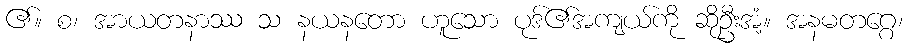
၏။ စ၊ အာယတနာဿ သ နယနတော ဟူသော ပုဒ်၏အကျယ်ကို ဆိုဦးအံ့။ အနမတဂ္ဂေ၊